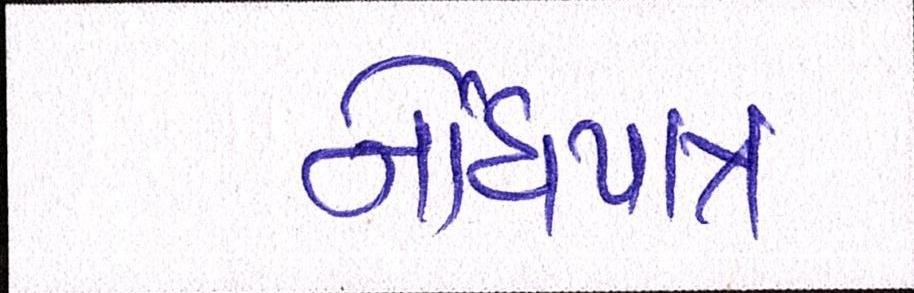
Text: નોંધપાત્ર